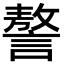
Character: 謷